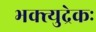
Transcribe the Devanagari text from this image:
भक्त्युद्रेकः